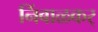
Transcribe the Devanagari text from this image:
निंबाळकर्